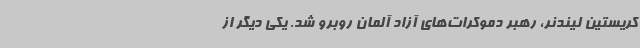
کریستین لیندنر، رهبر دموکرات‌های آزاد آلمان روبرو شد. یکی دیگر از